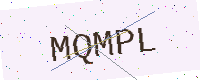
Text: MQMPL